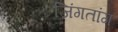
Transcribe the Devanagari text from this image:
जिंगतांग